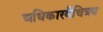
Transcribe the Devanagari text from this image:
अधिकारवैचित्र्य